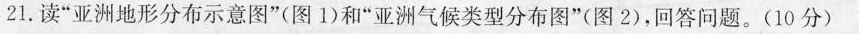
21.读”亚洲地形分布示意图”(图1)和”亚洲气候类型分布图”(图2)，回答问题。(10分)